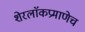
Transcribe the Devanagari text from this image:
शेरलाॅकप्रमाणेच